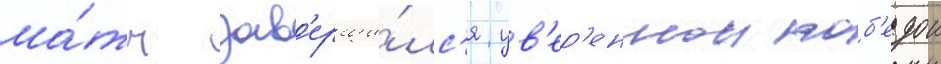
ма́тч зав'ерши́лс'я ув'ер'еннои поб'едои